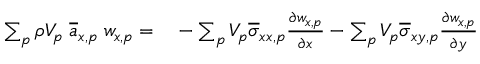
\begin{array} { r l } { \sum _ { p } \rho V _ { p } \; \overline { { a } } _ { x , p } \; w _ { x , p } = } & { { } - \sum _ { p } V _ { p } \overline { { \sigma } } _ { x x , p } \frac { \partial w _ { x , p } } { \partial x } - \sum _ { p } V _ { p } \overline { { \sigma } } _ { x y , p } \frac { \partial w _ { x , p } } { \partial y } } \end{array}